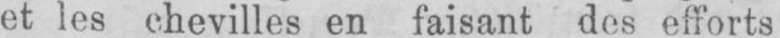
et les chevilles en faisant des efforts